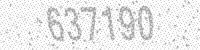
Solution: 637190